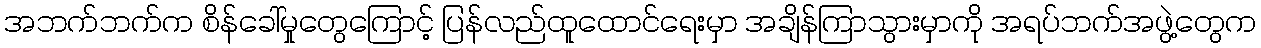
အဘက်ဘက်က စိန်ခေါ်မှုတွေကြောင့် ပြန်လည်ထူထောင်ရေးမှာ အချိန်ကြာသွားမှာကို အရပ်ဘက်အဖွဲ့တွေက